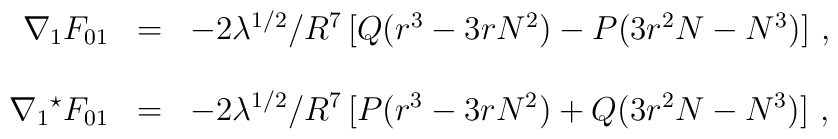
\begin{array}{rcl}\nabla_{1}F_{01} & = & -2\lambda^{1/2}/ R^{7} \left[ Q(r^{3}-3rN^{2})-P(3r^{2}N -N^{3})\right]\, ,\\& & \\\nabla_{1}{}^{\star}F_{01} & = & -2\lambda^{1/2}/ R^{7} \left[ P(r^{3}-3rN^{2})+Q(3r^{2}N -N^{3})\right]\, ,\\\end{array}